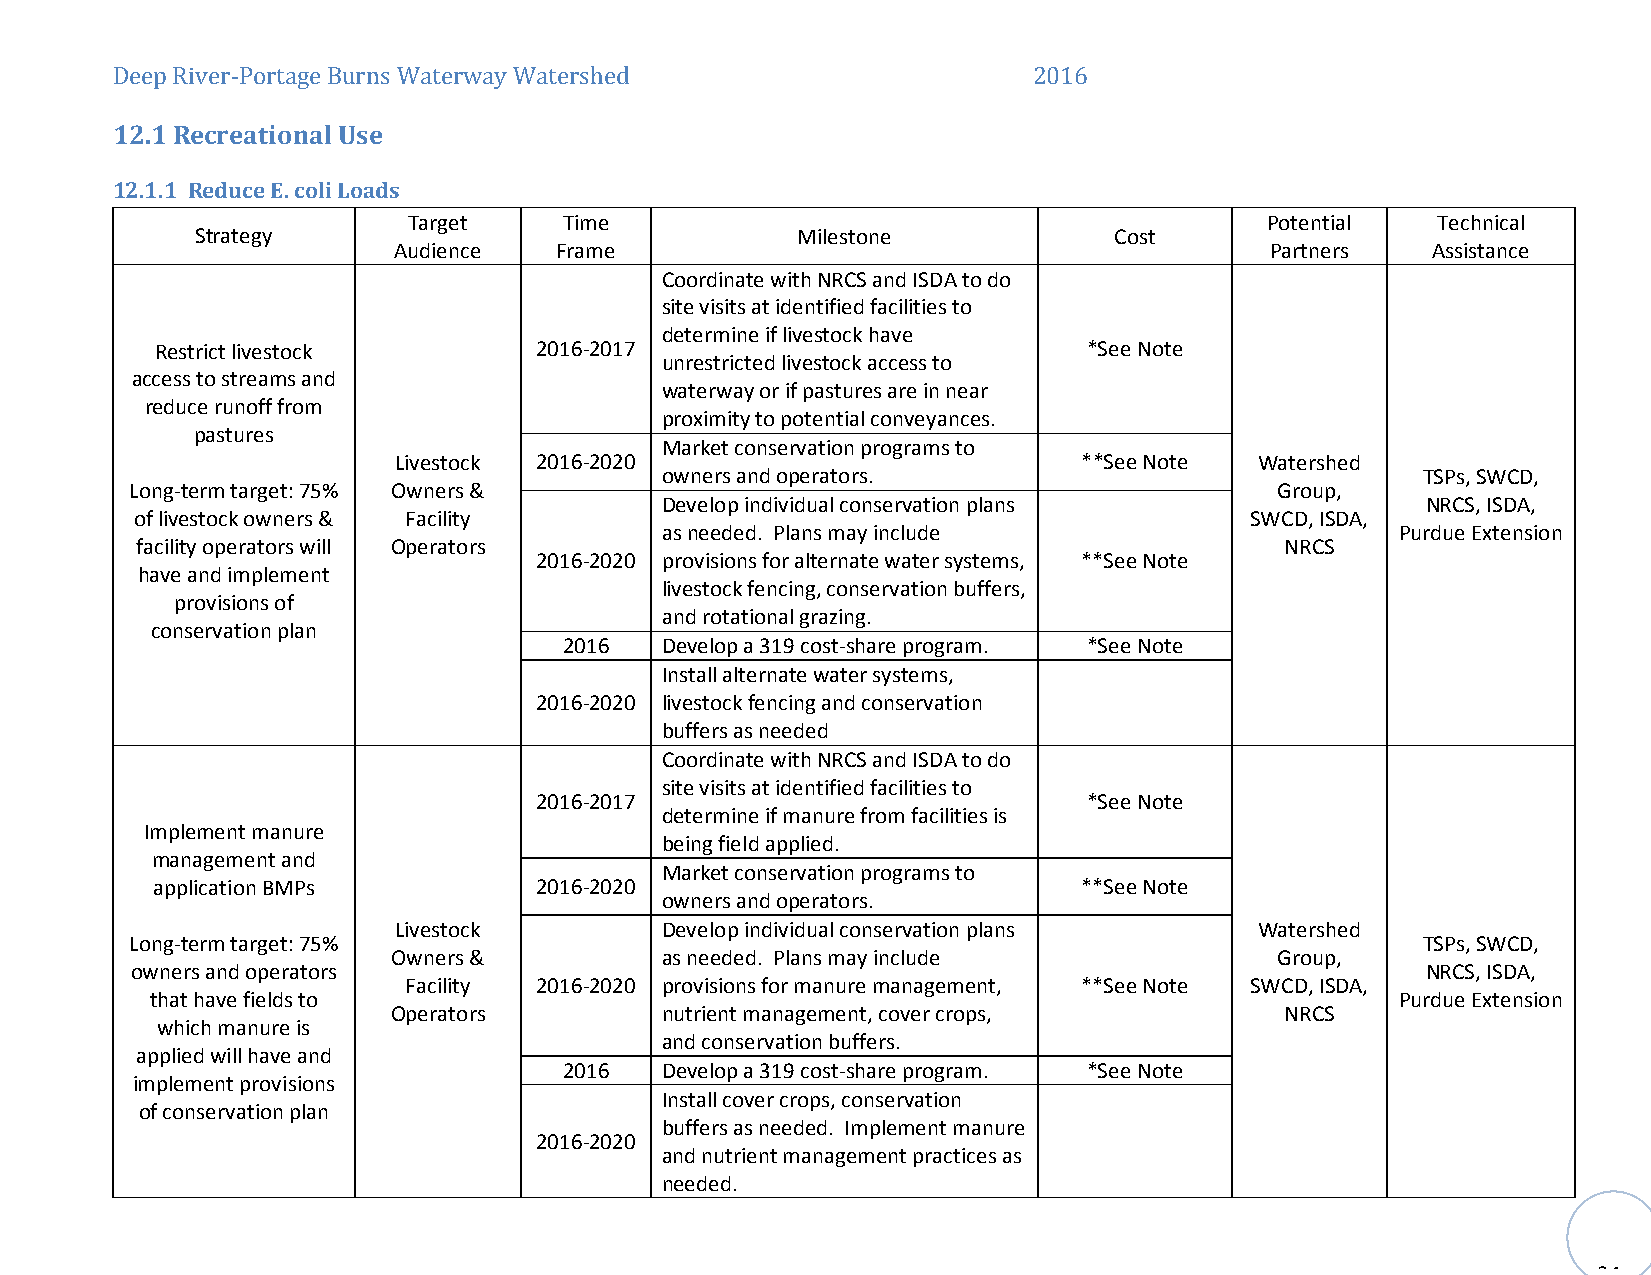
D12ee.1p RRievcerre-Paotritoangae lB Uusrnes Waterway Watershed 2016
 12.1.1 Reduce E. coli Loads
 Target    Time                                           Potential  Technical
 Strategy                                Milestone            Cost
 Audience   Frame                                          Partners   Assistance
 Coordinate with NRCS and ISDA to do
 site visits at identified facilities to
 determine if livestock have
 Restrict livestock       2016-2017                            *See Note
 unrestricted livestock access to
 access to streams and
 waterway or if pastures are in near
 reduce runoff from
 proximity to potential conveyances.
 pastures
 Market conservation programs to
 Livestock 2016-2020                           **See Note Watershed
 owners and operators.                             TSPs, SWCD,
 Long-term target: 75% Owners &                                             Group,
 Develop individual conservation plans             NRCS, ISDA,
 of livestock owners & Facility                                            SWCD, ISDA,
 as needed. Plans may include                     Purdue Extension
 facility operators will Operators                                           NRCS
 2016-2020 provisions for alternate water systems, **See Note
 have and implement
 livestock fencing, conservation buffers,
 provisions of
 and rotational grazing.
 conservation plan
 2016   Develop a 319 cost-share program. *See Note
 Install alternate water systems,
 2016-2020 livestock fencing and conservation
 buffers as needed
 Coordinate with NRCS and ISDA to do
 site visits at identified facilities to
 2016-2017                            *See Note
 determine if manure from facilities is
 Implement manure
 being field applied.
 management and
 Market conservation programs to
 application BMPs         2016-2020                            **See Note
 owners and operators.
 Livestock         Develop individual conservation plans  Watershed
 Long-term target: 75%                                                                TSPs, SWCD,
 Owners &          as needed. Plans may include            Group,
 owners and operators                                                                 NRCS, ISDA,
 Facility 2016-2020 provisions for manure management, **See Note SWCD, ISDA,
 that have fields to                                                                Purdue Extension
 Operators         nutrient management, cover crops,        NRCS
 which manure is
 and conservation buffers.
 applied will have and
 2016   Develop a 319 cost-share program. *See Note
 implement provisions
 Install cover crops, conservation
 of conservation plan
 buffers as needed. Implement manure
 2016-2020
 and nutrient management practices as
 needed.
 34